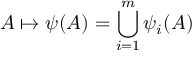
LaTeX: A \mapsto \psi ( A ) = \bigcup _ { i = 1 } ^ { m } \psi _ { i } ( A )